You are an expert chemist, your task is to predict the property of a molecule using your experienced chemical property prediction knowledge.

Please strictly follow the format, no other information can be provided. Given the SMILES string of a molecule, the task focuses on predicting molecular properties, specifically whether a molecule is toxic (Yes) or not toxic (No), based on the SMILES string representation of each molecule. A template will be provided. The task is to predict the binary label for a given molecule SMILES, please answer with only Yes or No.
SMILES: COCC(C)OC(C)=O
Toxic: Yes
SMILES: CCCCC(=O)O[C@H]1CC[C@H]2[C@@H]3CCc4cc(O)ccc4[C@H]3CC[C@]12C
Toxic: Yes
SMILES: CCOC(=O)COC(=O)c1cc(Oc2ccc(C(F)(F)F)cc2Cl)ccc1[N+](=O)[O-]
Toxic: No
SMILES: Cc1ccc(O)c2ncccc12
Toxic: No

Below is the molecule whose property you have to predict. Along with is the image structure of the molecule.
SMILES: Cc1c(Cl)cccc1[N+](=O)[O-]
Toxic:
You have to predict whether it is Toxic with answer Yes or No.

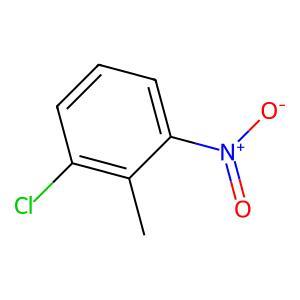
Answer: No